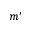
m ^ { \prime }